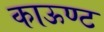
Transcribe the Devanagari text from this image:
काऊण्ट